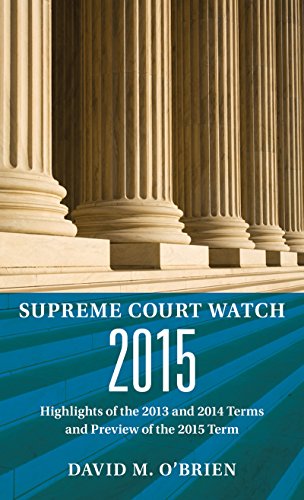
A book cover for Supreme Court Watch 2015: An Annual Supplement; David M. O'Brien; Law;